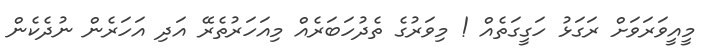
މީއީވަރަވަށް ރަގަޅު ހަގީގަތެއް ! މިވަރުގެ ތެދުހަބަރެއް މިއަހަރުތެރޭ އަދި އަހަރެން ނުދެކެން